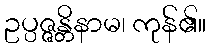
ဥပ္ပဇ္ဇန္တိနာမ၊ ကုန်၏။